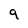
Character: 9